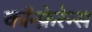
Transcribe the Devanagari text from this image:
कॉन्फ्रेरेन्स